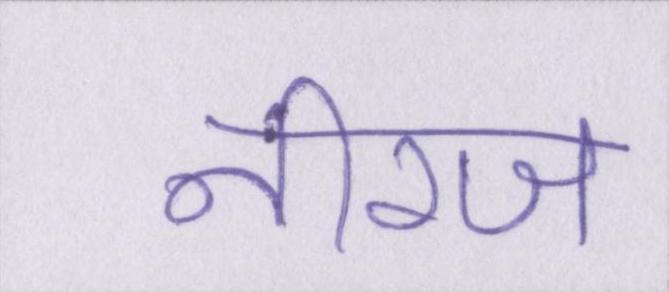
नीरज